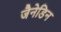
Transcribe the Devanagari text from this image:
जैनेडिन